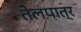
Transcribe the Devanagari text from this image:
तेलपात्र